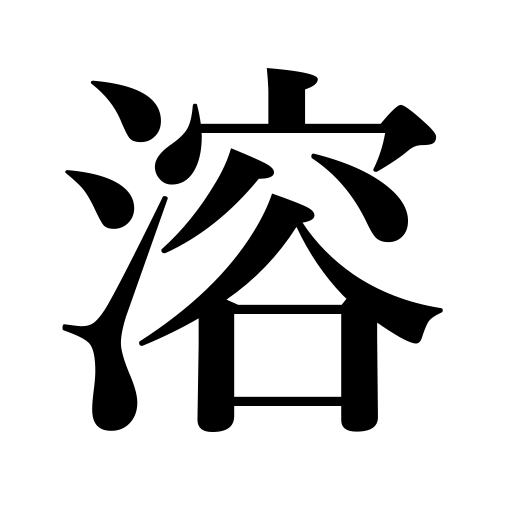
Meanings: liquefy,melt,dissolve,thaw